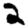
Digit: 2